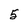
Character: 5